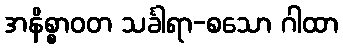
အနိစ္စာဝတ သင်္ခါရာ-စသော ဂါထာ